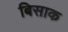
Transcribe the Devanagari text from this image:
बिसाक